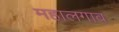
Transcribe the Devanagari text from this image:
महालगाव